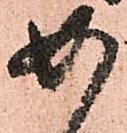
如